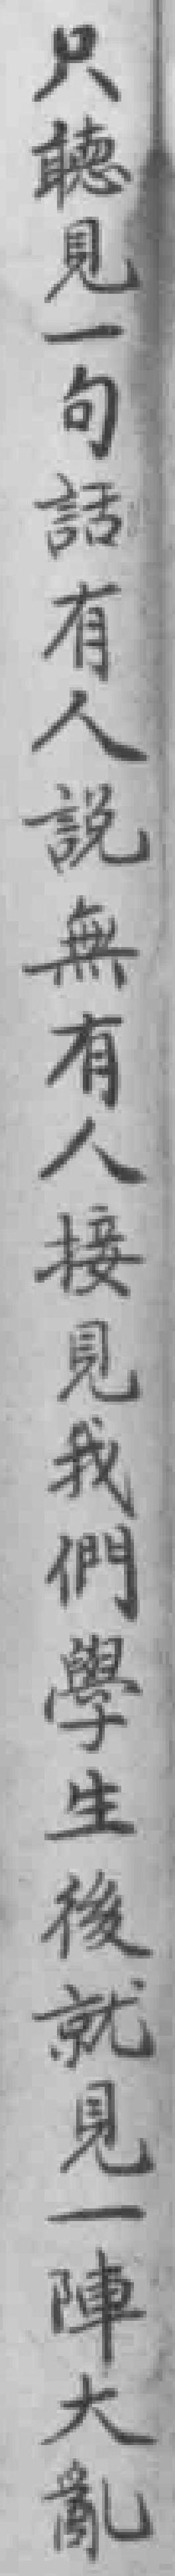
只聼見一句話有人說無有人接見我們學生後就見一陣大亂